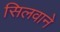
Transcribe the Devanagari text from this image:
सिलवाने